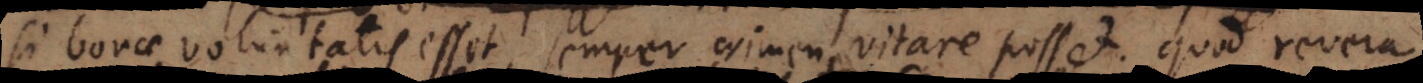
i bonae voluntatis esset semper crimen vitare posset; quod revera